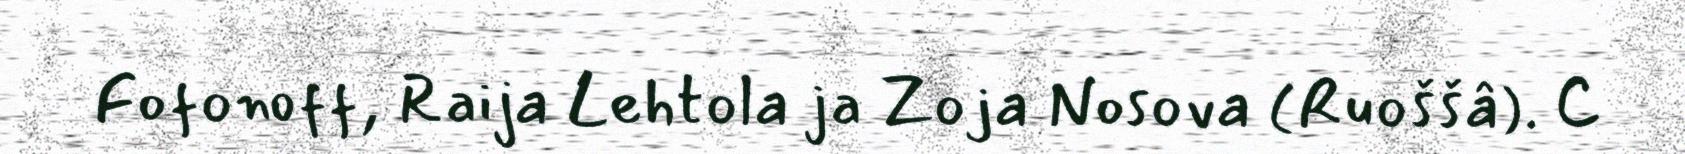
Fofonoff, Raija Lehtola ja Zoja Nosova (Ruoššâ). 